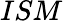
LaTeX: ISM